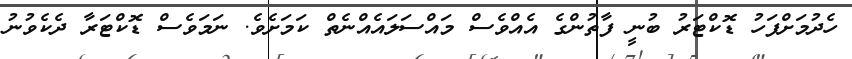
ހެދުމަށްފަހު ޑޮކްޓަރު ބުނީ ފާތުންގެ އެއްވެސް މައްސަލައެއްނެތް ކަމަށެވެ. ނަމަވެސް ޑޮކްޓަރާ ދެކެވުނު